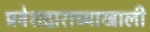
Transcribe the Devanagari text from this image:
प्रवेशद्वाराच्याखाली